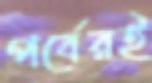
পর্বেরই